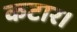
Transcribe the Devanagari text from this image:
कटार।